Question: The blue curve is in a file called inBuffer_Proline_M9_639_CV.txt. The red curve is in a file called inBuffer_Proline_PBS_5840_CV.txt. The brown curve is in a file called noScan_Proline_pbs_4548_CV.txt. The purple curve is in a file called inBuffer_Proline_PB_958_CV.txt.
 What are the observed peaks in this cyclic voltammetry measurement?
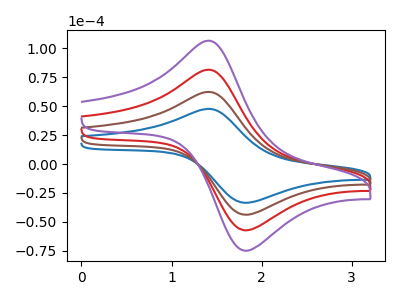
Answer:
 <answer>The blue curve "Proline M9" has an anodic peak at (1.40V, 47.65uA) and a cathodic peak at (1.80V, -33.50uA). The red curve "Proline PBS" has an anodic peak at (1.40V, 124.60uA) and a cathodic peak at (1.80V, -87.60uA). The brown curve "Proline pbs" has an anodic peak at (1.40V, 62.30uA) and a cathodic peak at (1.80V, -43.80uA). The purple curve "Proline PB" has an anodic peak at (1.40V, 186.90uA) and a cathodic peak at (1.80V, -131.45uA).</answer>
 <eval></eval>